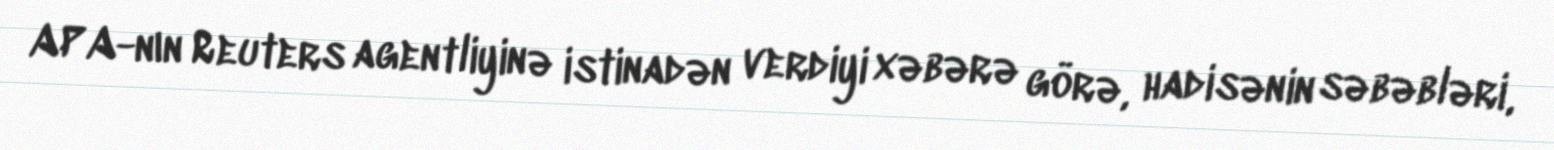
APA-nın Reuters agentliyinə istinadən verdiyi xəbərə görə, hadisənin səbəbləri,